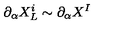
\partial _ { \alpha } X _ { L } ^ { i } \sim \partial _ { \alpha } X ^ { I }